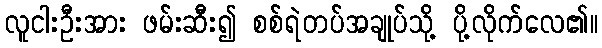
လူငါးဦးအား ဖမ်းဆီး၍ စစ်ရဲတပ်အချုပ်သို့ ပို့လိုက်လေ၏။